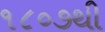
૧૮૦૭થી